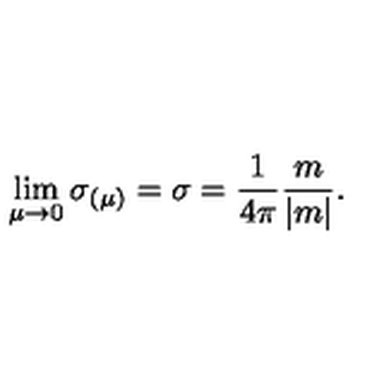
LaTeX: \lim _ { \mu \to 0 } \sigma _ { ( \mu ) } = \sigma = \frac { 1 } { 4 \pi } \frac { m } { | m | } .